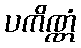
ပကိဏ္ဏံ